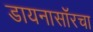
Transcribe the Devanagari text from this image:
डायनासॉरचा